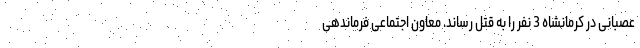
عصبانی در کرمانشاه 3 نفر را به قتل رساند. معاون اجتماعی فرماندهی